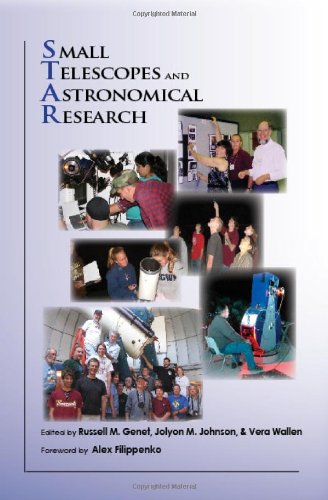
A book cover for Small Telescopes and Astronomical Research (The Astronomy Series, 1st); Science & Math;